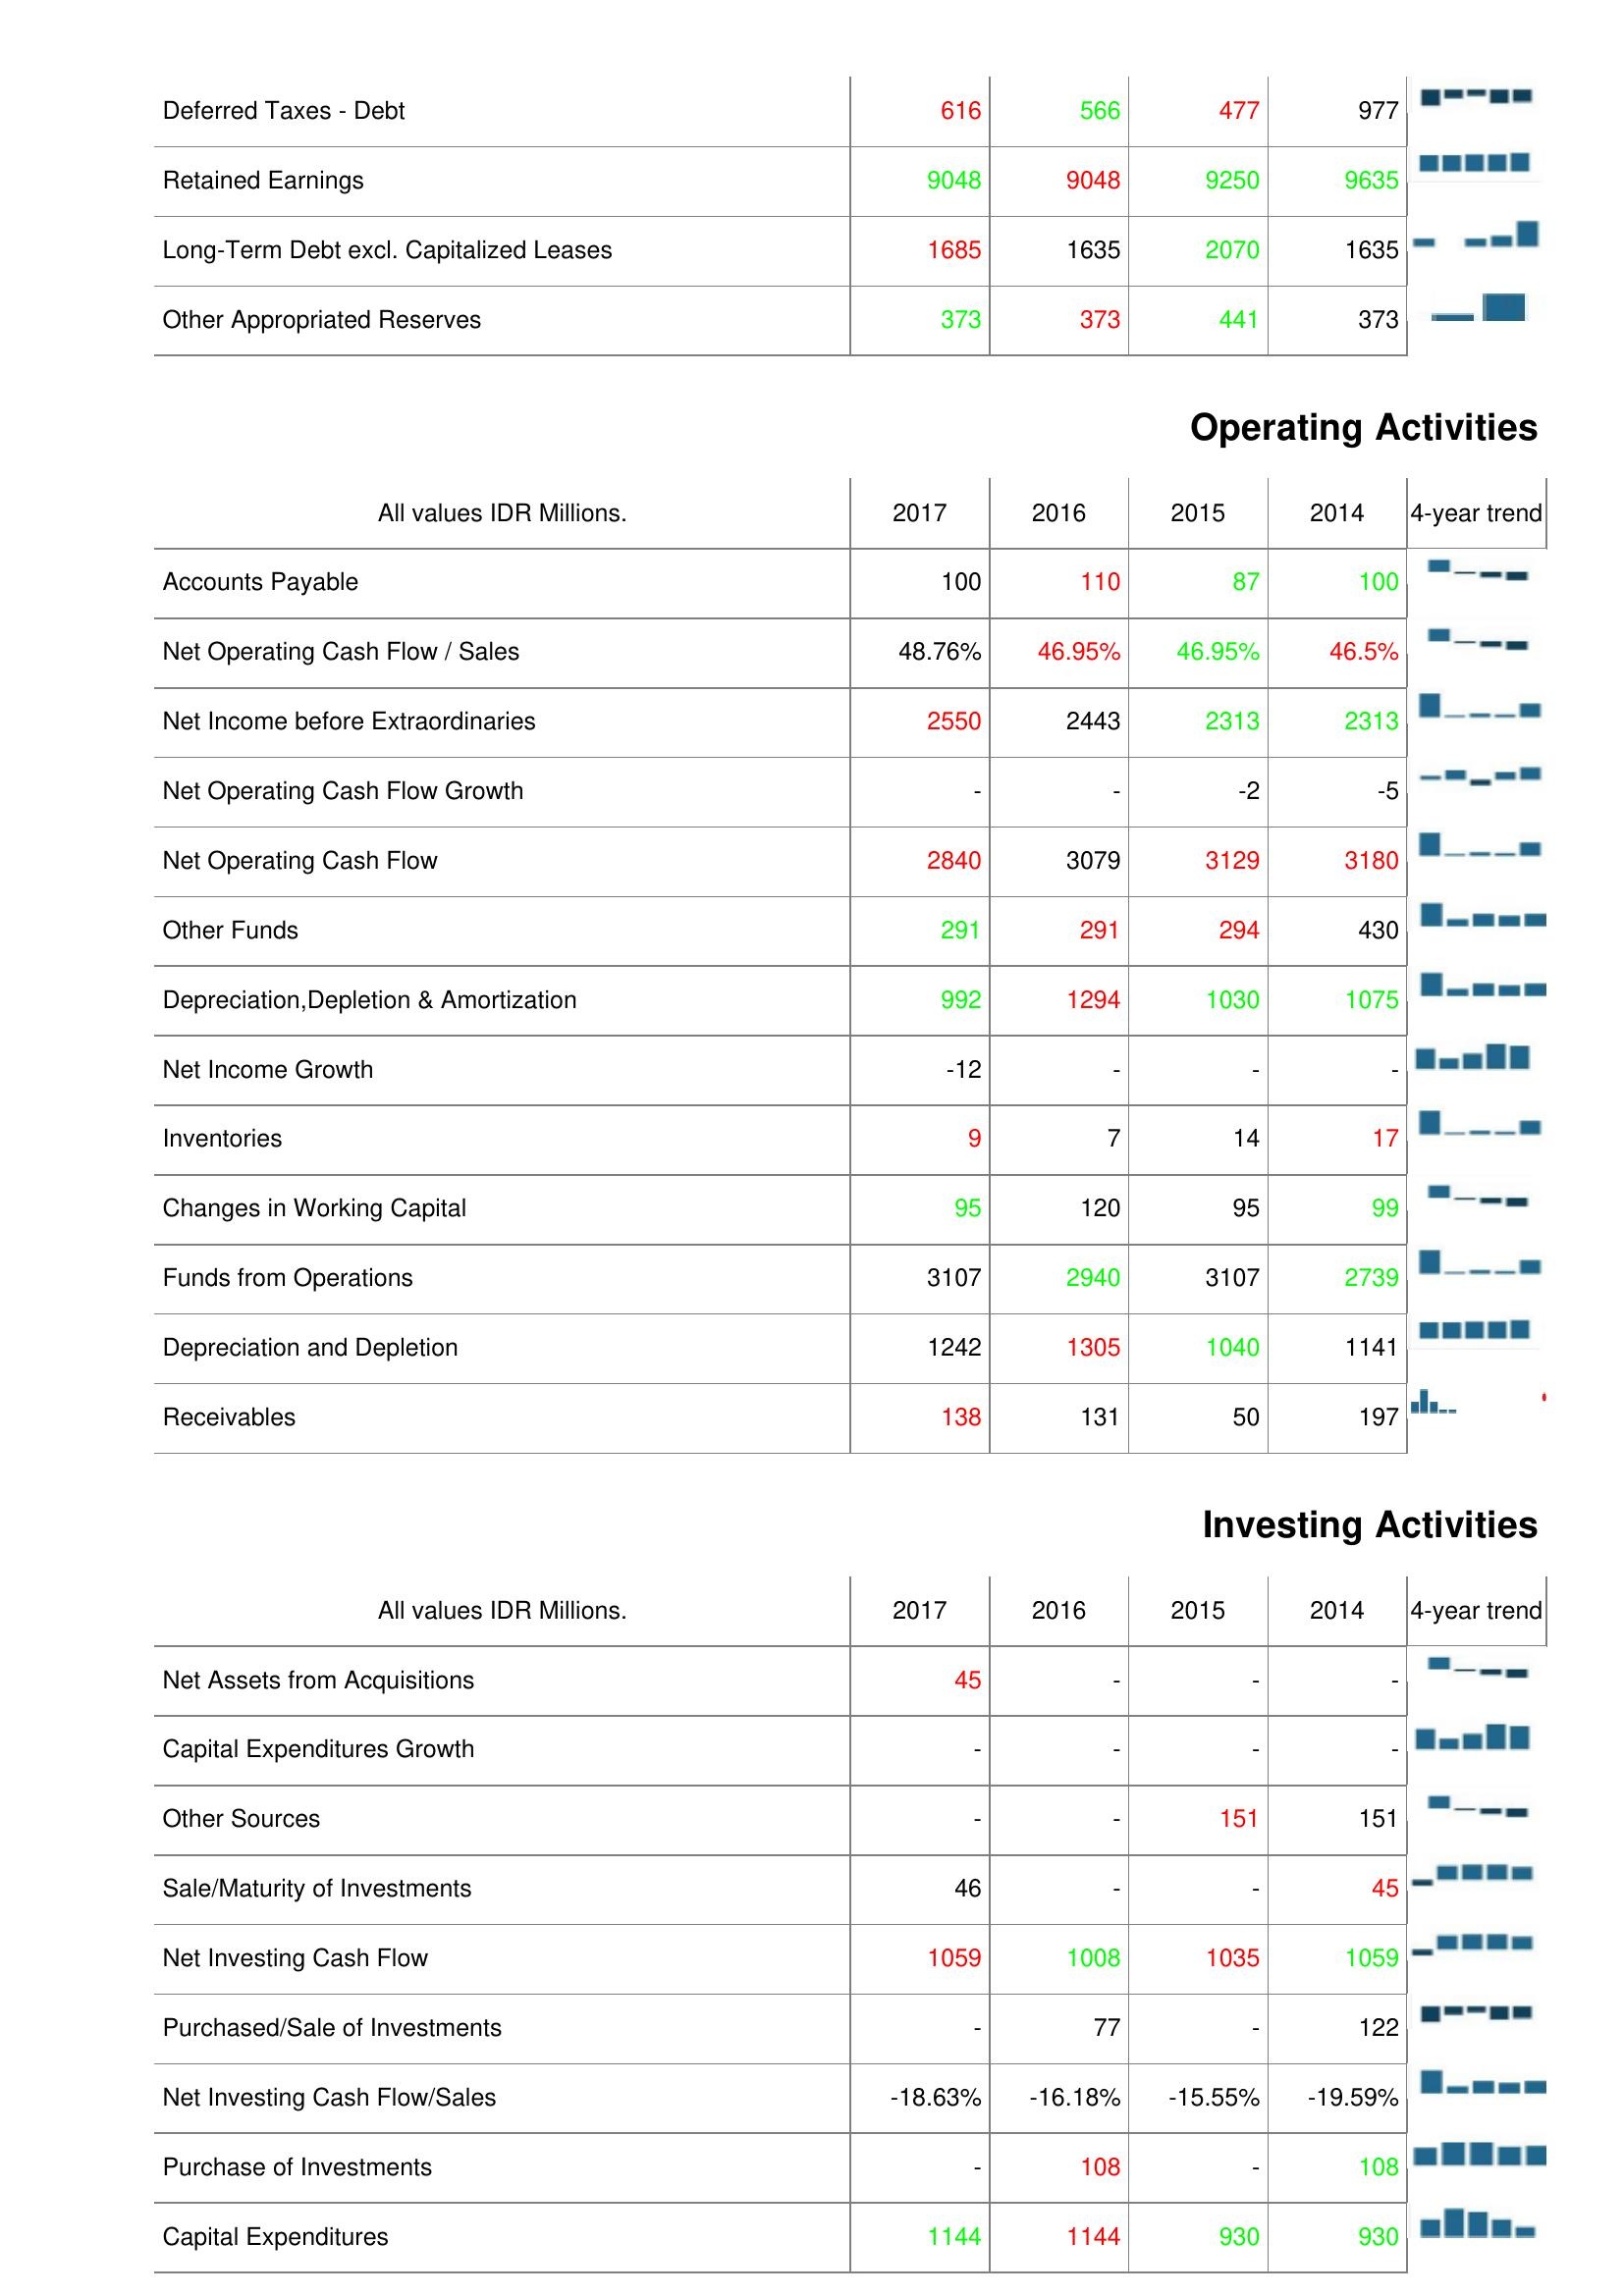
2017: Liabilities & Shareholder's Equity: Deferred Taxes - Debt: 616
Retained Earnings: 9048
Long-Term Debt excl. Capitalized Leases: 1685
Other Appropriated Reserves: 373
Operating Activities: Accounts Payable: 100
Net Operating Cash Flow / Sales: 48.76%
Net Income before Extraordinaries: 2550
Net Operating Cash Flow Growth: -
Net Operating Cash Flow: 2840
Other Funds: 291
Depreciation,Depletion & Amortization: 992
Net Income Growth: -12
Inventories: 9
Changes in Working Capital: 95
Funds from Operations: 3107
Depreciation and Depletion: 1242
Receivables: 138
Investing Activities: Net Assets from Acquisitions: 45
Capital Expenditures Growth: -
Other Sources: -
Sale/Maturity of Investments: 46
Net Investing Cash Flow: 1059
Purchased/Sale of Investments: -
Net Investing Cash Flow/Sales: -18.63%
Purchase of Investments: -
Capital Expenditures: 1144
2016: Liabilities & Shareholder's Equity: Deferred Taxes - Debt: 566
Retained Earnings: 9048
Long-Term Debt excl. Capitalized Leases: 1635
Other Appropriated Reserves: 373
Operating Activities: Accounts Payable: 110
Net Operating Cash Flow / Sales: 46.95%
Net Income before Extraordinaries: 2443
Net Operating Cash Flow Growth: -
Net Operating Cash Flow: 3079
Other Funds: 291
Depreciation,Depletion & Amortization: 1294
Net Income Growth: -
Inventories: 7
Changes in Working Capital: 120
Funds from Operations: 2940
Depreciation and Depletion: 1305
Receivables: 131
Investing Activities: Net Assets from Acquisitions: -
Capital Expenditures Growth: -
Other Sources: -
Sale/Maturity of Investments: -
Net Investing Cash Flow: 1008
Purchased/Sale of Investments: 77
Net Investing Cash Flow/Sales: -16.18%
Purchase of Investments: 108
Capital Expenditures: 1144
2015: Liabilities & Shareholder's Equity: Deferred Taxes - Debt: 477
Retained Earnings: 9250
Long-Term Debt excl. Capitalized Leases: 2070
Other Appropriated Reserves: 441
Operating Activities: Accounts Payable: 87
Net Operating Cash Flow / Sales: 46.95%
Net Income before Extraordinaries: 2313
Net Operating Cash Flow Growth: -2
Net Operating Cash Flow: 3129
Other Funds: 294
Depreciation,Depletion & Amortization: 1030
Net Income Growth: -
Inventories: 14
Changes in Working Capital: 95
Funds from Operations: 3107
Depreciation and Depletion: 1040
Receivables: 50
Investing Activities: Net Assets from Acquisitions: -
Capital Expenditures Growth: -
Other Sources: 151
Sale/Maturity of Investments: -
Net Investing Cash Flow: 1035
Purchased/Sale of Investments: -
Net Investing Cash Flow/Sales: -15.55%
Purchase of Investments: -
Capital Expenditures: 930
2014: Liabilities & Shareholder's Equity: Deferred Taxes - Debt: 977
Retained Earnings: 9635
Long-Term Debt excl. Capitalized Leases: 1635
Other Appropriated Reserves: 373
Operating Activities: Accounts Payable: 100
Net Operating Cash Flow / Sales: 46.5%
Net Income before Extraordinaries: 2313
Net Operating Cash Flow Growth: -5
Net Operating Cash Flow: 3180
Other Funds: 430
Depreciation,Depletion & Amortization: 1075
Net Income Growth: -
Inventories: 17
Changes in Working Capital: 99
Funds from Operations: 2739
Depreciation and Depletion: 1141
Receivables: 197
Investing Activities: Net Assets from Acquisitions: -
Capital Expenditures Growth: -
Other Sources: 151
Sale/Maturity of Investments: 45
Net Investing Cash Flow: 1059
Purchased/Sale of Investments: 122
Net Investing Cash Flow/Sales: -19.59%
Purchase of Investments: 108
Capital Expenditures: 930